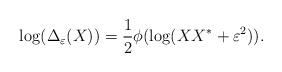
LaTeX: \begin{align*}\log(\Delta_\varepsilon(X)) = \frac{1}{2}\phi(\log(X X^\ast+\varepsilon^2)).\end{align*}